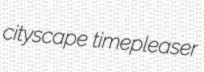
cityscape timepleaser